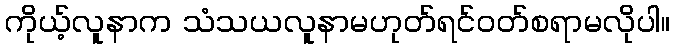
ကိုယ့်လူနာက သံသယလူနာမဟုတ်ရင်ဝတ်စရာမလိုပါ။